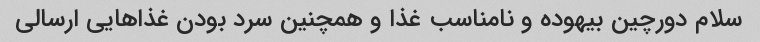
سلام دورچین بیهوده و نامناسب غذا و همچنین سرد بودن غذاهایی ارسالی